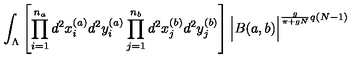
\int _ { \Lambda } \left[ \prod _ { i = 1 } ^ { n _ { a } } d ^ { 2 } x _ { i } ^ { ( a ) } d ^ { 2 } y _ { i } ^ { ( a ) } \prod _ { j = 1 } ^ { n _ { b } } d ^ { 2 } x _ { j } ^ { ( b ) } d ^ { 2 } y _ { j } ^ { ( b ) } \right] \Big | B ( a , b ) \Big | ^ { \frac { g } { \pi + g N } q ( N - 1 ) }